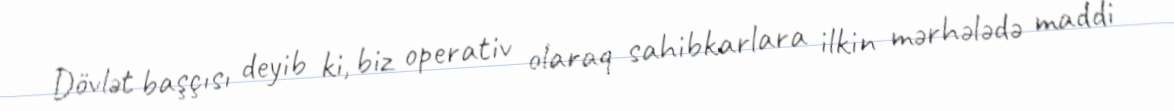
Dövlət başçısı deyib ki, biz operativ olaraq sahibkarlara ilkin mərhələdə maddi